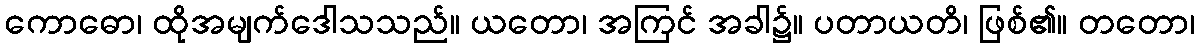
ကောဓော၊ ထိုအမျက်ဒေါသသည်။ ယတော၊ အကြင် အခါ၌။ ပတာယတိ၊ ဖြစ်၏။ တတော၊